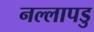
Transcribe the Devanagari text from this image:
नल्‍लापडु